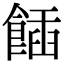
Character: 𩝟